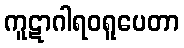
ကူဋာဂါရဝရူပေတာ